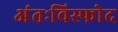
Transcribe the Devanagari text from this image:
अंतःविस्फोद